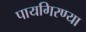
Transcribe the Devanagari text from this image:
पायगिरण्या